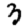
Digit: 3